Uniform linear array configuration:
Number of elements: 16
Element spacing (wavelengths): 0.5
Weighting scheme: kaiser
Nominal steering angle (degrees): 60
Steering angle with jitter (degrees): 60.846
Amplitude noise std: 0.05
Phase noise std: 0.05

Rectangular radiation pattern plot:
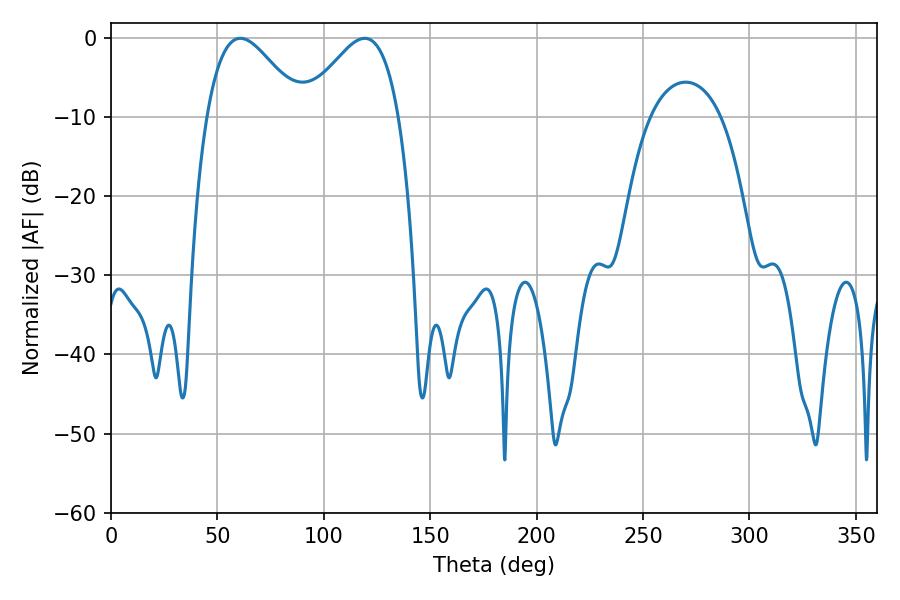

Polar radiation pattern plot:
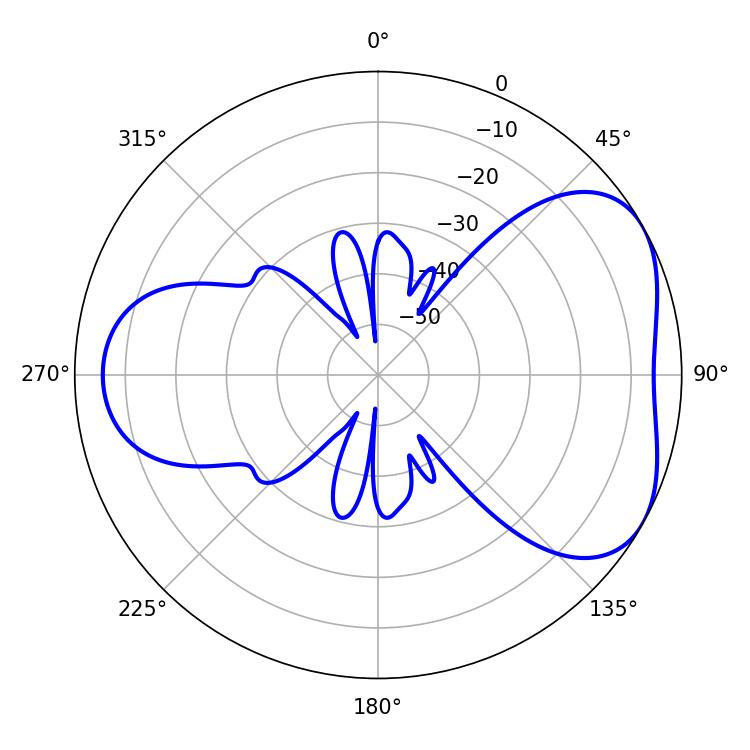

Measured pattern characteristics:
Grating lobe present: FALSE
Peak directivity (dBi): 4.668
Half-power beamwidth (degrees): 23.94
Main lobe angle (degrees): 60.84